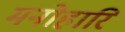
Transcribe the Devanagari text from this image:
मनोहारि